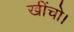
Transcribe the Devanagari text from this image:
खींचो।